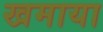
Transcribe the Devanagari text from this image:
खमाया